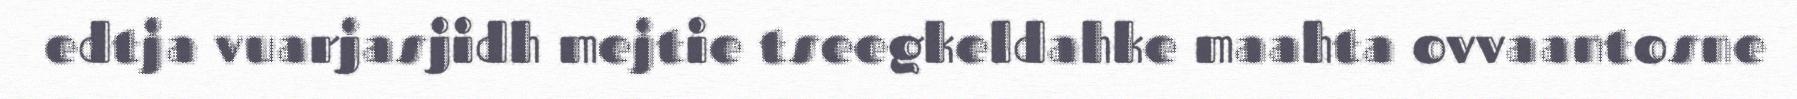
edtja vuarjasjidh mejtie tseegkeldahke maahta ovvaantosne